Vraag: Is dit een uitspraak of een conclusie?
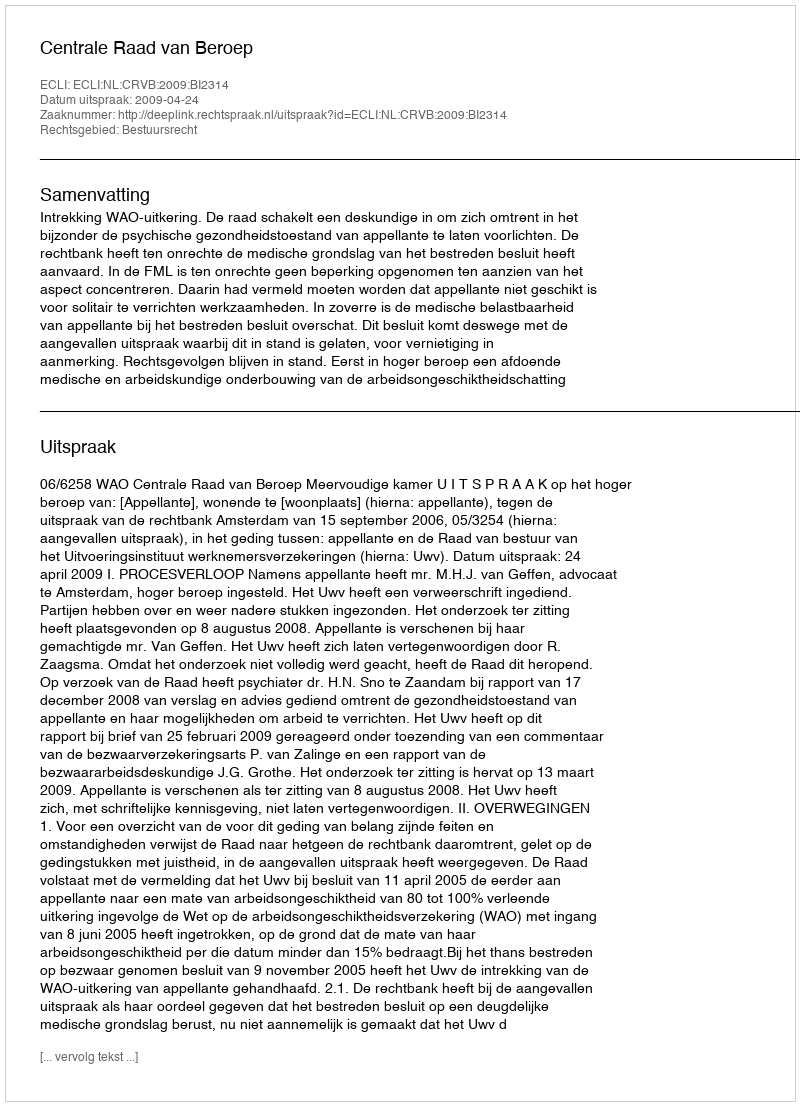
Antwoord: Uitspraak